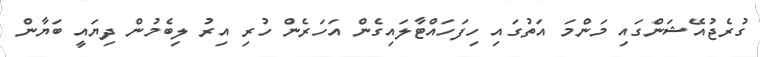
ގުރެޖުއޭޝަންގައި މަންމަ އަތުގައި ހިފަހައްޓާލައިގެން އަހަރެން ހުރި އިރު ލިބެމުން ދިޔައީ ބަޔާން